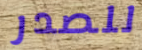
للصدر